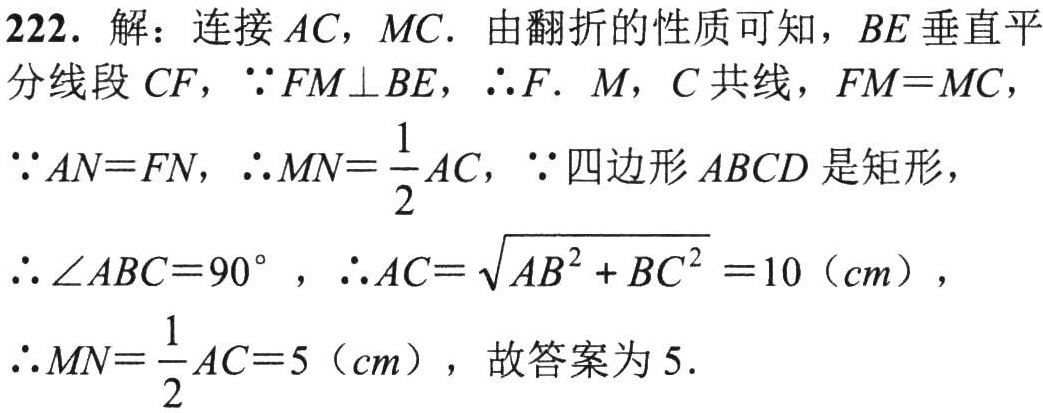
222. 解：连接 \(AC\)，\(MC\). 由翻折的性质可知，\(BE\) 垂直平分线段 \(CF\)，\(\because FM\perp BE\)，\(\therefore F\). \(M\)，\(C\) 共线，\(FM = MC\)，

\(\because AN = FN\)，\(\therefore MN=\frac{1}{2}AC\)，\(\because\) 四边形 \(ABCD\) 是矩形，

\(\therefore \angle ABC = 90^{\circ}\) ，\(\therefore AC=\sqrt{AB^{2}+BC^{2}} = 10\)（\(cm\)），

\(\therefore MN=\frac{1}{2}AC = 5\)（\(cm\)），故答案为 \(5\).